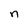
Character: n